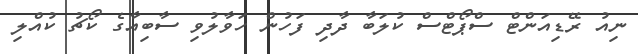
ނިއު ރޭޑިއަންޓް ސްޕޯޓްސް ކުލަބާ ދާދި ފަހުން ހަވާލުވި ސާބިއާގެ ކޯޗު ކުއްލި